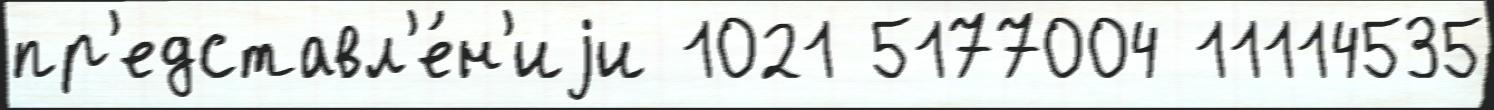
пр'едставл'е́н'иjи 1021 5177004 11114535